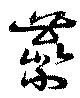
虆